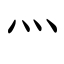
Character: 灬